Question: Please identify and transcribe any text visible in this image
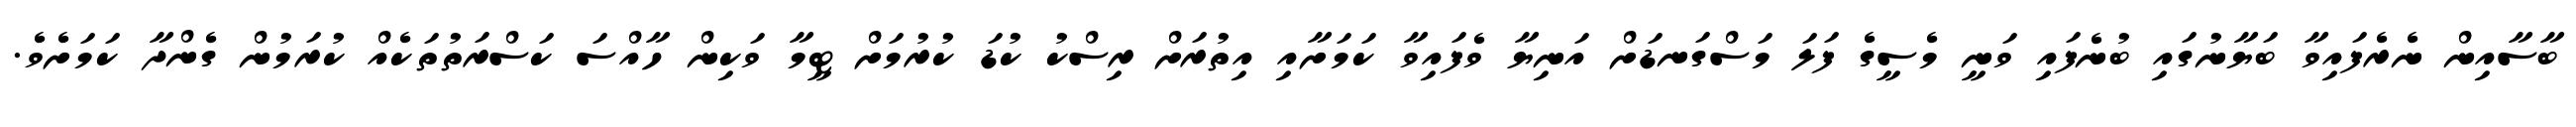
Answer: ބާސާއިން ނެރެފައިވާ ބަޔާނުގައި ބުނެފައި ވަނީ މެސީގެ ފަލަ މަސްގަނޑަށް އަނިޔާ ވެފައިވާ ކަމަށާއި އިތުރަށް ރިސްކު ކުޑަ ކުރުމަށް ޓީމާ ވަކިން ހާއްސަ ކަސްރަތުތަކެއް ކުރަމުން ގެންދާ ކަމަށެވެ.